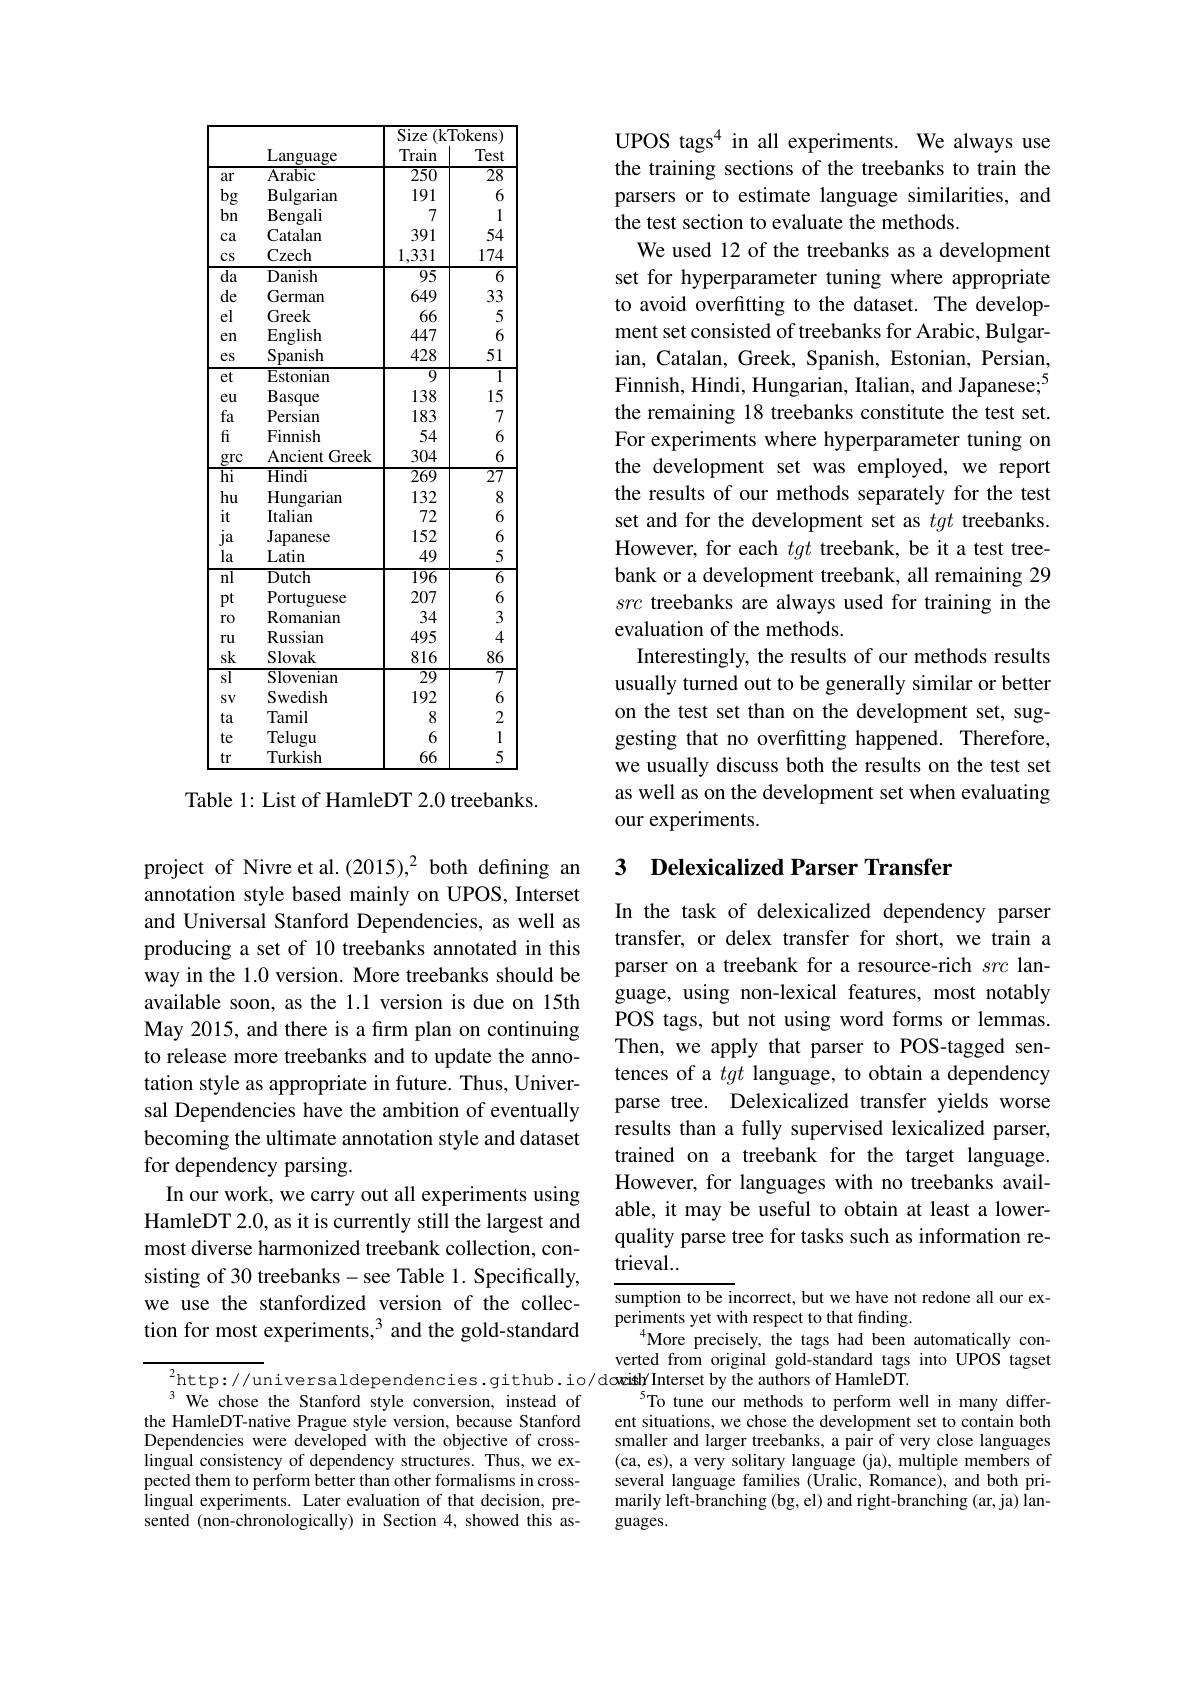
<table>
	<tbody>
		<tr>
			<th> </th>
			<th rowspan="2">Language</th>
			<th colspan="2">Size (kTokens</th>
		</tr>
		<tr>
			<th> </th>
			<th>Train</th>
			<th>Test</th>
		</tr>
		<tr>
			<td>ar</td>
			<td>Arabic</td>
			<td>$\overline{250}$</td>
			<td>28</td>
		</tr>
		<tr>
			<td>$bg$</td>
			<td>$\operatorname{Bulgarian}$</td>
			<td>191</td>
			<td>6</td>
		</tr>
		<tr>
			<td>bn</td>
			<td>$\mathbf{Bengali}$</td>
			<td>7</td>
			<td>1</td>
		</tr>
		<tr>
			<td>$ca$</td>
			<td>Catalan</td>
			<td>391</td>
			<td>54</td>
		</tr>
		<tr>
			<td>$\cos$</td>
			<td>Czech</td>
			<td>1,331</td>
			<td>174</td>
		</tr>
		<tr>
			<td>$\overline{\mathrm{da}}$</td>
			<td>Danish</td>
			<td>95</td>
			<td>6</td>
		</tr>
		<tr>
			<td>de</td>
			<td>German</td>
			<td>649</td>
			<td>33</td>
		</tr>
		<tr>
			<td>el</td>
			<td>Greek</td>
			<td>66</td>
			<td>5</td>
		</tr>
		<tr>
			<td>en</td>
			<td>English</td>
			<td>447</td>
			<td>6</td>
		</tr>
		<tr>
			<td>$es$</td>
			<td>Spanish</td>
			<td>428</td>
			<td>51</td>
		</tr>
		<tr>
			<td>et</td>
			<td>Estonian</td>
			<td>$\overline{9}$</td>
			<td>$\overline{1}$</td>
		</tr>
		<tr>
			<td>eu</td>
			<td>Basque</td>
			<td>138</td>
			<td>15</td>
		</tr>
		<tr>
			<td>fa</td>
			<td>Persian</td>
			<td>183</td>
			<td>7</td>
		</tr>
		<tr>
			<td>$fi$</td>
			<td>Finnish</td>
			<td>54</td>
			<td>6</td>
		</tr>
		<tr>
			<td>grc -</td>
			<td>Ancient Greek</td>
			<td>304</td>
			<td>6</td>
		</tr>
		<tr>
			<td>$\overline{\mathrm{hi}}$</td>
			<td>Hindi</td>
			<td>$\overline{269}$</td>
			<td>$\overline{27}$</td>
		</tr>
		<tr>
			<td>hu</td>
			<td>Hungarian</td>
			<td>132</td>
			<td>8</td>
		</tr>
		<tr>
			<td>it</td>
			<td>Italian</td>
			<td>72</td>
			<td>6</td>
		</tr>
		<tr>
			<td>$ja$</td>
			<td>Japanese</td>
			<td>152</td>
			<td>6</td>
		</tr>
		<tr>
			<td>la</td>
			<td>Latin</td>
			<td>49</td>
			<td>5</td>
		</tr>
		<tr>
			<td>$\overline{\mathrm{nl}}$</td>
			<td>Dutch</td>
			<td>196</td>
			<td>6</td>
		</tr>
		<tr>
			<td>$pt$</td>
			<td>Portuguese</td>
			<td>207</td>
			<td>6</td>
		</tr>
		<tr>
			<td>ro</td>
			<td>Romanian</td>
			<td>34</td>
			<td>3</td>
		</tr>
		<tr>
			<td>ru</td>
			<td>Russian</td>
			<td>495</td>
			<td>4</td>
		</tr>
		<tr>
			<td>sk</td>
			<td>Slovak</td>
			<td>816</td>
			<td>86</td>
		</tr>
		<tr>
			<td>$\overline{\mathrm{sl}}$</td>
			<td>Slovenian</td>
			<td>$\overline{29}$</td>
			<td>$\overline{7}$</td>
		</tr>
		<tr>
			<td>$SV$</td>
			<td>Swedish</td>
			<td>192</td>
			<td>6</td>
		</tr>
		<tr>
			<td>ta</td>
			<td>Tamil</td>
			<td>8</td>
			<td>2</td>
		</tr>
		<tr>
			<td>te</td>
			<td>Telugu</td>
			<td>6</td>
			<td>1</td>
		</tr>
		<tr>
			<td>tr</td>
			<td>Turkish</td>
			<td>66</td>
			<td>5</td>
		</tr>
	</tbody>
</table>
Table 1: List of HamleDT 2.0 treebanks.

UPOS tags$^{4}$ in all experiments. We always use the training sections of the treebanks to train the parsers or to estimate language similarities, and the test section to evaluate the methods.
We used 12 of the treebanks as a development set for hyperparameter tuning where appropriate to avoid overfitting to the dataset. The development set consisted of treebanks for Arabic, Bulgarian, Catalan, Greek, Spanish, Estonian, Persian, Finnish, Hindi, Hungarian, Italian, and Japanese;$^{5}$ the remaining 18 treebanks constitute the test set. For experiments where hyperparameter tuning on the development set was employed, we report the results of our methods separately for the test set and for the development set as tgt treebanks. However, for each tgt treebank, be it a test treebank or a development treebank, all remaining 29 src treebanks are always used for training in the evaluation of the methods.
Interestingly, the results of our methods results usually turned out to be generally similar or better on the test set than on the development set, suggesting that no overfitting happened. Therefore, we usually discuss both the results on the test set as well as on the development set when evaluating our experiments.

## 3 Delexicalized Parser Transfer

In the task of delexicalized dependency parser transfer, or delex transfer for short, we train a parser on a treebank for a resource-rich src language, using non-lexical features, most notably POS tags, but not using word forms or lemmas. Then, we apply that parser to POS-tagged sentences of a tgt language, to obtain a dependency parse tree. Delexicalized transfer yields worse results than a fully supervised lexicalized parser, trained on a treebank for the target language. However, for languages with no treebanks available, it may be useful to obtain at least a lowerquality parse tree for tasks such as information retrieval..

sumption to be incorrect, but we have not redone all our ex-
periments yet with respect to that finding.
More precisely, the tags had been automatically converted from original gold-standard tags into UPOS tagset
$^{2}$http://universaldependencies.github.io/dowish/Interset by the authors of HamleDT.
To tune our methods to perform well in many different situations, we chose the development set to contain both smaller and larger treebanks, a pair of very close languages (ca, es), a very solitary language (ja), multiple members of several language families (Uralic, Romance), and both primarily left-branching (bg, el) and right-branching (ar, ja) languages.

project of Nivre et al.(2015),2 both defning an annotation style based mainly on UPOS, Interset and Universal Stanford Dependencies, as well as producing a set of 10 treebanks annotated in this way in the 1.0 version. More treebanks should be available soon, as the 1.1 version is due on 15th May 2015, and there is a fırm plan on continuing to release more treebanks and to update the annotation style as appropriate in future. Thus, Universal Dependencies have the ambition of eventually becoming the ultimate annotation style and dataset for dependency parsing.
In our work, we carry out all experiments using HamleDT 2.0, as it is currently still the largest and most diverse harmonized treebank collection, consisting of 30 treebanks-see Table 1. Specifically, we use the stanfordized version of the collection for most experiments,$^3$ and the gold-standard

$^{3}$ We chose the Stanford style conversion, instead of the HamleDT-native Prague style version, because Stanford Dependencies were developed with the objective of crosslingual consistency of dependency structures. Thus, we expected them to perform better than other formalisms in crosslingual experiments. Later evaluation of that decision, presented (non-chronologically) in Section 4, showed this as-